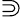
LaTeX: \Supset